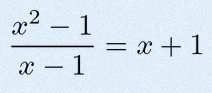
\frac{x^2-1}{x-1}=x+1